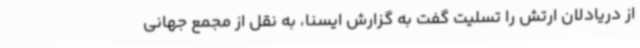
از دریادلان ارتش را تسلیت گفت به گزارش ایسنا، به نقل از مجمع جهانی